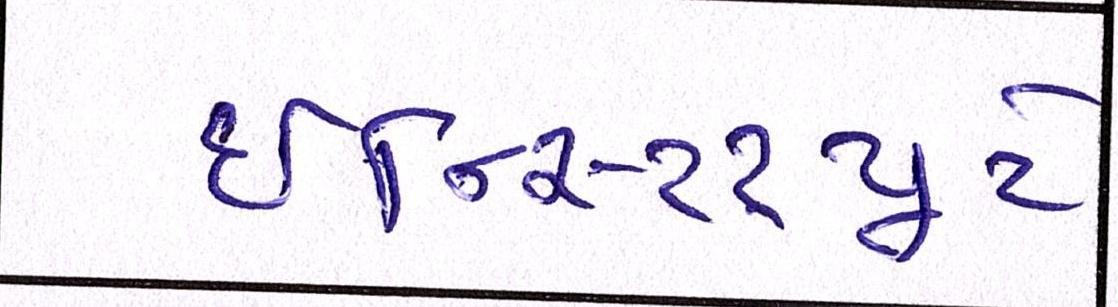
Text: ઇન્સ્ટિટ્યૂટે